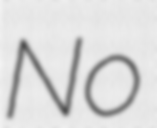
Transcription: No